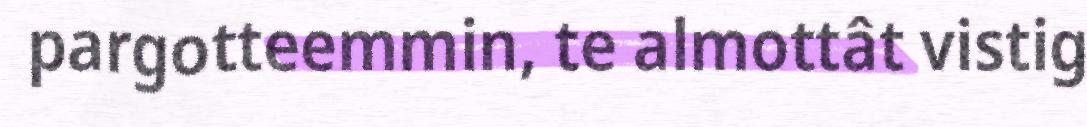
pargotteemmin, te almottât vistig